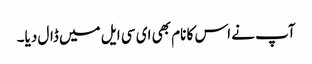
آپ نے اس کا نام بھی ای سی ایل میں ڈال دیا۔